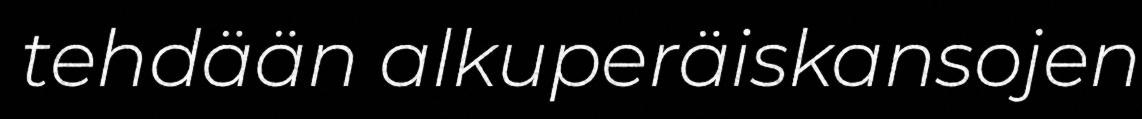
tehdään alkuperäiskansojen